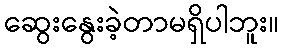
ဆွေးနွေးခဲ့တာမရှိပါဘူး။